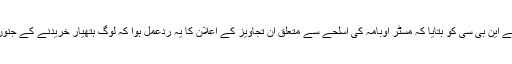
ریاست میری لینڈ کے ایک سٹور کے مالک نے این بی سی کو بتایا کہ مسٹر اوبامہ کی اسلحے سے متعلق ان تجاویز کے اعلان کا یہ ردِّعمل ہوا کہ لوگ ہتھیار خریدنے کے جنوں میں اس کے سٹور پر بُری طرح ٹوٹ پڑے۔